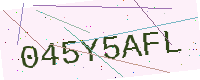
Text: 045Y5AFL